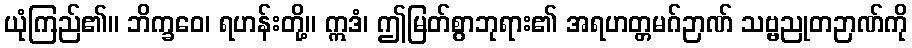
ယုံကြည်၏။ ဘိက္ခဝေ၊ ရဟန်းတို့။ ဣဒံ၊ ဤမြတ်စွာဘုရား၏ အရဟတ္တမဂ်ဉာဏ် သဗ္ဗညုတဉာဏ်ကို